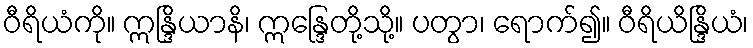
ဝီရိယံကို။ ဣန္ဒြိယာနိ၊ ဣန္ဒြေတို့သို့။ ပတွာ၊ ရောက်၍။ ဝီရိယိန္ဒြိယံ၊